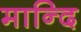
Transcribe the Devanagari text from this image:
मान्दि